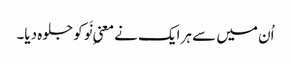
اُن میں سے ہر ایک نے معنیِ نَو کو جلوہ دیا۔